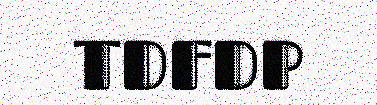
TDFDP